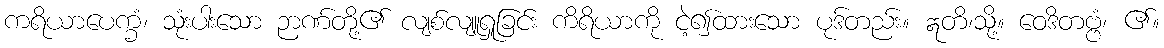
ကရိယာပေက္ခံ၊ သုံးပါးသော ဉာဏ်တို့၏ လျစ်လျူရှုခြင်း ကိရိယာကို ငဲ့၍ထားသော ပုဒ်တည်း။ ဣတိ၊သို့။ ဝေဒိတဗ္ဗံ၊ ၏။